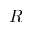
R